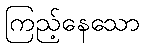
ကြည့်နေသော